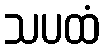
သပထံ